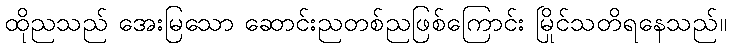
ထိုညသည် အေးမြသော ဆောင်းညတစ်ညဖြစ်ကြောင်း မြိုင်သတိရနေသည်။